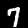
Label: 7